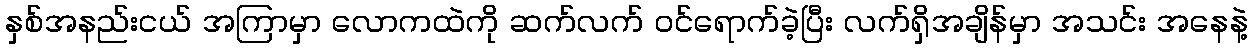
နှစ်အနည်းငယ် အကြာမှာ လောကထဲကို ဆက်လက် ဝင်ရောက်ခဲ့ပြီး လက်ရှိအချိန်မှာ အသင်း အနေနဲ့